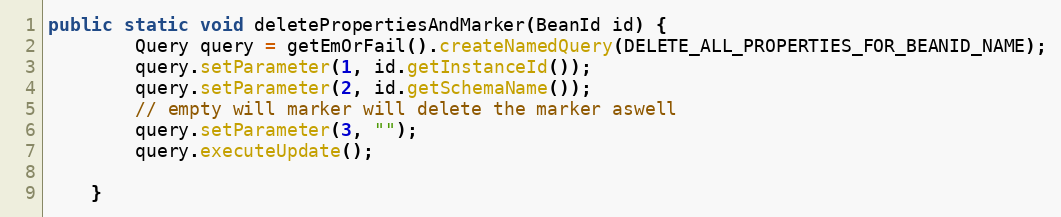
Language: Java
public static void deletePropertiesAndMarker(BeanId id) {
        Query query = getEmOrFail().createNamedQuery(DELETE_ALL_PROPERTIES_FOR_BEANID_NAME);
        query.setParameter(1, id.getInstanceId());
        query.setParameter(2, id.getSchemaName());
        // empty will marker will delete the marker aswell
        query.setParameter(3, "");
        query.executeUpdate();

    }